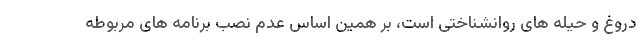
دروغ و حیله های روانشناختی است، بر همین اساس عدم نصب برنامه های مربوطه